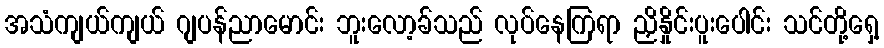
အသံကျယ်ကျယ် ဂျပန်ညာမောင်း ဘူးလော့ခ်သည် လုပ်နေကြရာ ညှိနှိုင်းပူးပေါင်း သင်တို့ရှေ့